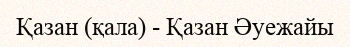
Қазан (қала) - Қазан Әуежайы